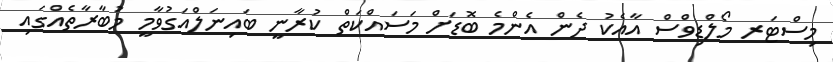
މިސްޓަރ މޯލްޑިވްސް އާއެކު ދެން އެންމެ ބޮޑަށް މަސައްކަތް ކުރާނީ ބައިނަލްއަގުވާމީ މުބާރާތެއްގައި